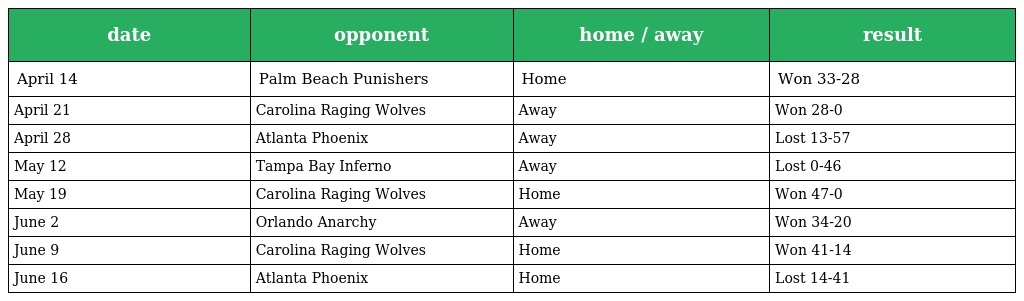
| date | opponent | home / away | result |
 | --- | --- | --- | --- |
 | April 14 | Palm Beach Punishers | Home | Won 33-28 |
 | April 21 | Carolina Raging Wolves | Away | Won 28-0 |
 | April 28 | Atlanta Phoenix | Away | Lost 13-57 |
 | May 12 | Tampa Bay Inferno | Away | Lost 0-46 |
 | May 19 | Carolina Raging Wolves | Home | Won 47-0 |
 | June 2 | Orlando Anarchy | Away | Won 34-20 |
 | June 9 | Carolina Raging Wolves | Home | Won 41-14 |
 | June 16 | Atlanta Phoenix | Home | Lost 14-41 |